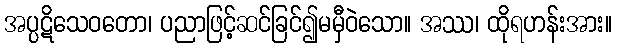
အပ္ပဋိသေဝတော၊ ပညာဖြင့်ဆင်ခြင်၍မမှီဝဲသော။ အဿ၊ ထိုရဟန်းအား။